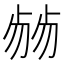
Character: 𠨂